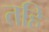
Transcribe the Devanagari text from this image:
तहि